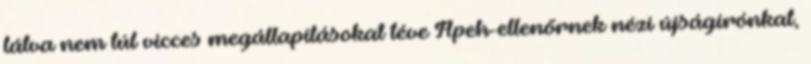
látva nem túl vicces megállapításokat téve Apeh-ellenőrnek nézi újságírónkat,